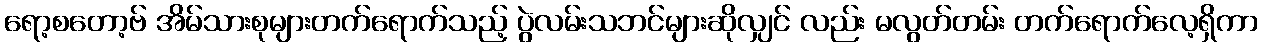
ရော့စတော့ဗ် အိမ်သားစုများတက်ရောက်သည့် ပွဲလမ်းသဘင်များဆိုလျှင် လည်း မလွတ်တမ်း တက်ရောက်လေ့ရှိကာ